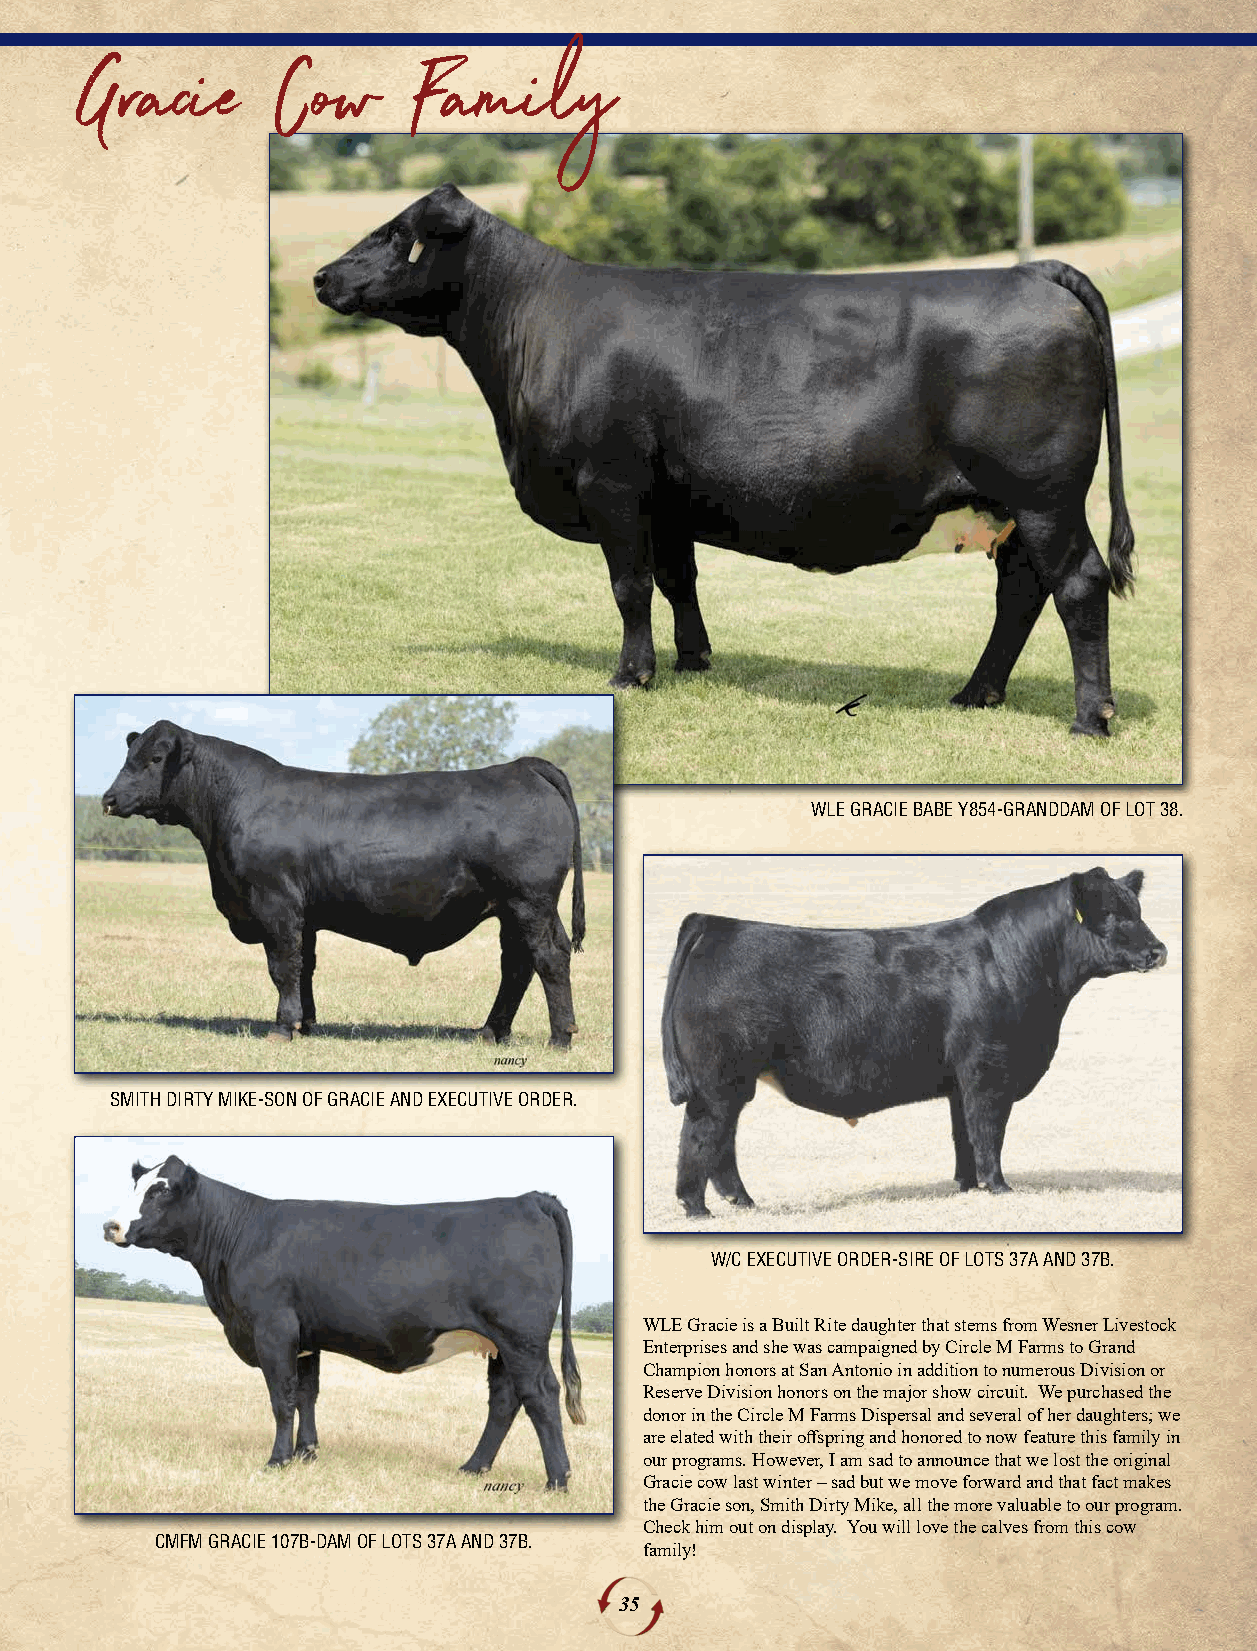
GGrraacciiee CCooww   FFaammiillyy
 WLE GRACIE BABE Y854-GRANDDAM OF LOT 38.
 SMITH DIRTY MIKE-SON OF GRACIE AND EXECUTIVE ORDER.
 W/C EXECUTIVE ORDER-SIRE OF LOTS 37A AND 37B.
 WLE Gracie is a Built Rite daughter that stems from Wesner Livestock
 Enterprises and she was campaigned by Circle M Farms to Grand
 Champion honors at San Antonio in addition to numerous Division or
 Reserve Division honors on the major show circuit. We purchased the
 donor in the Circle M Farms Dispersal and several of her daughters; we
 are elated with their offspring and honored to now feature this family in
 our programs. However, I am sad to announce that we lost the original
 Gracie cow last winter – sad but we move forward and that fact makes
 the Gracie son, Smith Dirty Mike, all the more valuable to our program.
 Check him out on display. You will love the calves from this cow
 CMFM GRACIE 107B-DAM OF LOTS 37A AND 37B.
 family!
 35